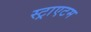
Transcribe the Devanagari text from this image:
स्ट्राएटम